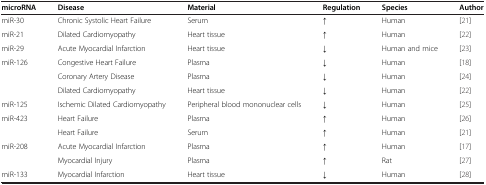
| microRNA | Disease | Material | Regulation | Species | Author |
 | --- | --- | --- | --- | --- | --- |
 | miR-30 | Chronic Systolic Heart Failure | Serum | ↑ | Human | [21] |
 | miR-21 | Dilated Cardiomyopathy | Heart tissue | ↑ | Human | [22] |
 | miR-29 | Acute Myocardial Infarction | Heart tissue | ↓ | Human and mice | [23] |
 | <ROWSPAN=3> miR-126 | Congestive Heart Failure | Plasma | ↓ | Human | [18] |
 | Coronary Artery Disease | Plasma | ↓ | Human | [24] |
 | Dilated Cardiomyopathy | Heart tissue | ↓ | Human | [22] |
 | miR-125 | Ischemic Dilated Cardiomyopathy | Peripheral blood mononuclear cells | ↓ | Human | [25] |
 | <ROWSPAN=2> miR-423 | Heart Failure | Plasma | ↑ | Human | [26] |
 | Heart Failure | Serum | ↑ | Human | [21] |
 | <ROWSPAN=2> miR-208 | Acute Myocardial Infarction | Plasma | ↑ | Human | [17] |
 | Myocardial Injury | Plasma | ↑ | Rat | [27] |
 | miR-133 | Myocardial Infarction | Heart tissue | ↓ | Human | [28] |